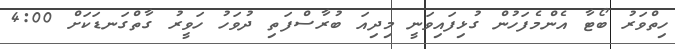
ހިތްވަރު ބޯޓާ އެންމެފަހުން ގުޅިފައިވަނީ މިދިއަ ބުރާސްފަތި ދުވަހު ހަވީރު ގާތްގަނޑަކަށް 4:00